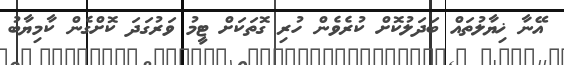
އޭނާ ޚިޔާލުތައް ބަދަލުކޮށް ކުރެވެން ހުރި ގޮތަކަށް ޓީމު ވަރުގަދަ ކޮށްގެން ކާމިޔާބު